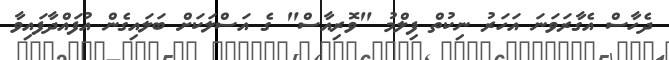
ދެހާސް އެގާރަވަނަ އަހަރު ނިކުތް ފިލްމު "ވޮރިއާސް" ގެ އަސްލަކަށް ބަލައިގެން އުފައްދާފައިވާ